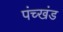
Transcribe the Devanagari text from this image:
पंच्खंड